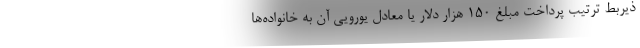
ذیربط ترتیب پرداخت مبلغ ۱۵۰ هزار دلار یا معادل یورویی آن به خانواده‌ها